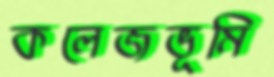
কলেজভূমি